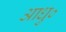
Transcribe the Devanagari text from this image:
आधु०